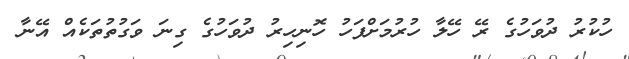
ހުކުރު ދުވަހުގެ ރޭ ހޭލާ ހުރުމަށްފަހު ހޮނިހިރު ދުވަހުގެ ގިނަ ވަގުތުތަކެއް އޭނާ